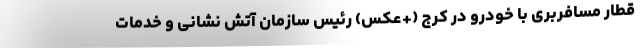
قطار مسافربری با خودرو در کرج (+عکس) رئیس سازمان آتش نشانی و خدمات